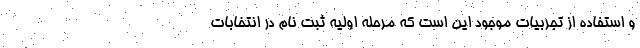
و استفاده از تجربیات موجود این است که مرحله اولیه ثبت نام در انتخابات